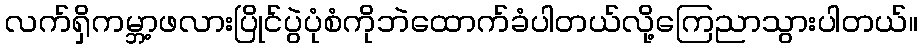
လက်ရှိကမ္ဘာ့ဖလားပြိုင်ပွဲပုံစံကိုဘဲထောက်ခံပါတယ်လို့ကြေညာသွားပါတယ်။